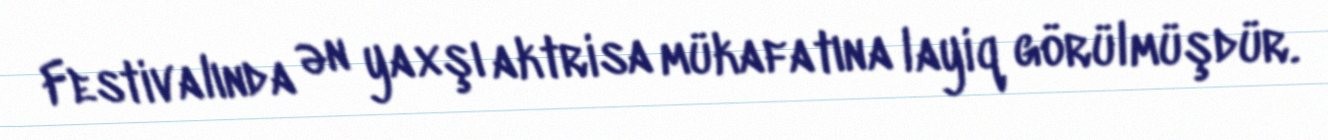
Festivalında ən yaxşı aktrisa mükafatına layiq görülmüşdür.